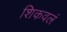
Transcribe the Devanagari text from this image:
शिकवलं